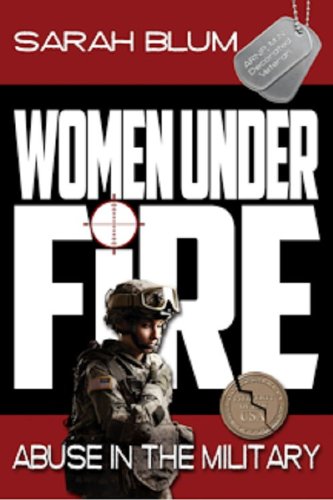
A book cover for Women Under Fire: Abuse in the Military; Sarah L. Blum; Politics & Social Sciences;